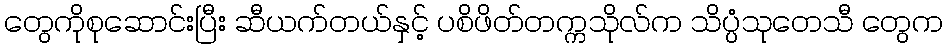
တွေကိုစုဆောင်းပြီး ဆီယက်တယ်နှင့် ပစိဖိတ်တက္ကသိုလ်က သိပ္ပံသုတေသီ တွေက